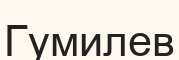
Гумилев